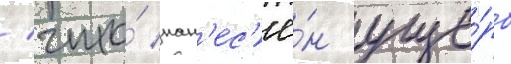
/ что́ нан'ес'ё́н уще́рб